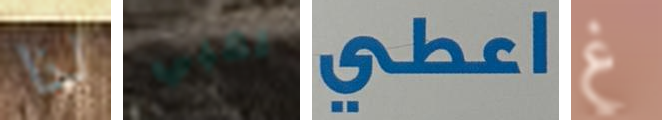
لذا لقبي اعطي غ